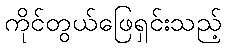
ကိုင်တွယ်ဖြေရှင်းသည့်